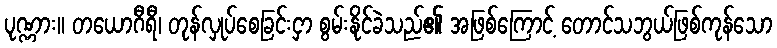
ပုဏ္ဏား။ တယောဂီရီ၊ တုန်လှုပ်စေခြင်းငှာ စွမ်းနိုင်ခဲသည်၏ အဖြစ်ကြောင့် တောင်သဘွယ်ဖြစ်ကုန်သော